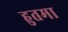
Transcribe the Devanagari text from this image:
हुतमा